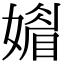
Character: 𡡾